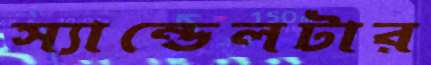
স্যান্ডেলটার